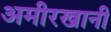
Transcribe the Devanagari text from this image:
अमीरखानी